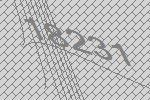
18231